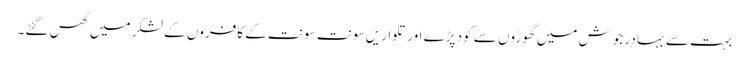
بہت سے بہادر جوش میں گھوڑوں سے کود پڑے اور تلواریں سونت سونت کے کافروں کے لشکر میں گھس گئے۔